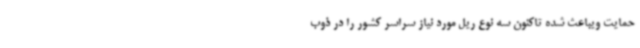
حمایت ویباعث شده تاکنون سه نوع ریل مورد نیاز سراسر کشور را در ذوب